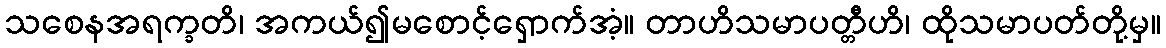
သစေနအရက္ခတိ၊ အကယ်၍မစောင့်ရှောက်အံ့။ တာဟိသမာပတ္တီဟိ၊ ထိုသမာပတ်တို့မှ။